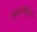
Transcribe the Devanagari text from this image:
अप्रकाशित।